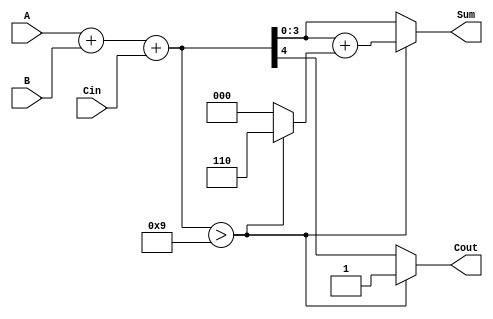
module BCD_Asynchronous_Adder (
    input  [3:0] A,     // First BCD digit
    input  [3:0] B,     // Second BCD digit
    input        Cin,    // Input carry
    output reg [3:0] Sum, // BCD sum output
    output reg Cout      // Output carry
);

    // Intermediate signals
    wire [4:0] preliminary_sum; // 5 bits to account for carry
    wire correction_needed;      // Flag for correction
    wire [4:0] corrected_sum;    // Sum after correction

    // Preliminary addition
    assign preliminary_sum = A + B + Cin;

    // Determine if correction is needed (if preliminary sum > 9)
    assign correction_needed = preliminary_sum > 9;

    // Corrected sum (if correction needed, add 6)
    assign corrected_sum = preliminary_sum + (correction_needed ? 5'd6 : 5'd0);

    // Output logic
    always @* begin
        if (correction_needed) begin
            Sum = corrected_sum[3:0]; // Take lower 4 bits after correction
            Cout = 1;                 // Set carry out since we corrected
        end else begin
            Sum = preliminary_sum[3:0]; // No correction needed, take lower 4 bits
            Cout = preliminary_sum[4];   // Carry out is the 5th bit
        end
    end

endmodule